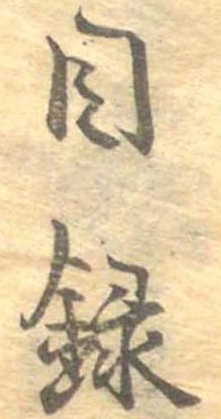
目録